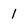
Character: I